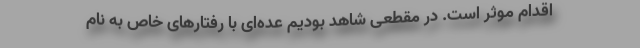
اقدام موثر است. در مقطعی شاهد بودیم عده‌ای با رفتارهای خاص به نام